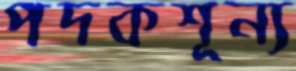
পদকশূন্য